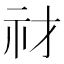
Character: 𥘔